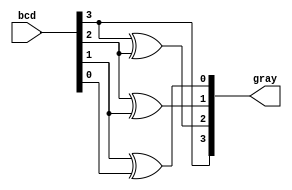
//GateLevelModelling

module bcdtogray(bcd,gray);

	input [3:0]bcd;
	output [3:0]gray;

	assign gray[3]=bcd[3];

	xor x1(gray[2],bcd[3],bcd[2]);
	xor x2(gray[1],bcd[2],bcd[1]);
	xor x3(gray[0],bcd[1],bcd[0]);

endmodule

module tb_bcdtogray;

	reg [3:0]bcd;
	wire [3:0]gray;

	bcdtogray bcdg1(bcd,gray);

	initial
		begin
			$monitor(,$time," bcd=%4b, gray=%4b",bcd,gray);
			#0 bcd=4'b0000;
			#2 bcd=4'b0001;
			#4 bcd=4'b0010;
			#6 bcd=4'b0011;
			#8 bcd=4'b0100;
			#10 bcd=4'b0101;
			#12 bcd=4'b0110;
			#14 bcd=4'b0111;
			#16 bcd=4'b1000;
			#18 bcd=4'b1001;
			#20 bcd=4'b1010;
			#22 bcd=4'b1011;
			#24 bcd=4'b1100;
			#28 bcd=4'b1101;
			#30 bcd=4'b1110;
			#32 bcd=4'b1111;
			$finish;
		end

	initial 

	begin

      $dumpfile("bcdtogray.vcd");
      $dumpvars;

   	end

endmodule